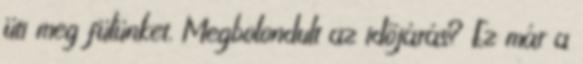
üti meg fülünket. Megbolondult az időjárás? Ez már a